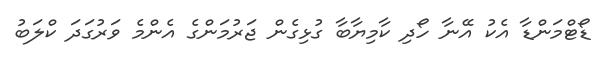
ޑޯޓްމަންޑާ އެކު އޭނާ ހޯދި ކާމިޔާބާ ގުޅިގެން ޖަރުމަންގެ އެންމެ ވަރުގަދަ ކްލަބު